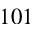
1 0 1